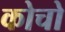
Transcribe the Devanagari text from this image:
कोचो